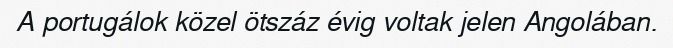
A portugálok közel ötszáz évig voltak jelen Angolában.